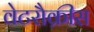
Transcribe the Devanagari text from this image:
वेटरौक्रीस